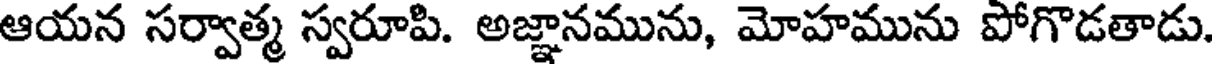
ఆయన సర్వాత్మ స్వరూపి. అజ్ఞానమును, మోహమును పోగొడతాడు.